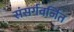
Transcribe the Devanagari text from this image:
संसर्गवर्जित